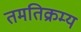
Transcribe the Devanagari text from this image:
तमतिक्रम्य